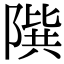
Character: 𨻘